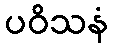
ပဝိသနံ